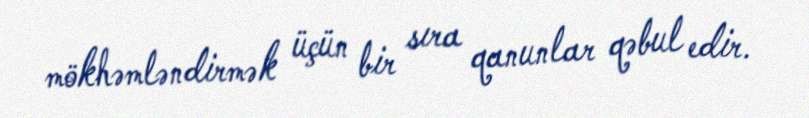
mökhəmləndirmək üçün bir sıra qanunlar qəbul edir.